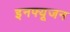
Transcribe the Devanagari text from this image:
इनफ्यूजन